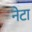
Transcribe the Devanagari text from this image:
नेटा